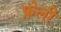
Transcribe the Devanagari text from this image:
फ़ेली